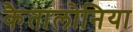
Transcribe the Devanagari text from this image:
कैतालोनिया